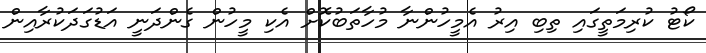
ކޯޓު ކުރިމަތީގައި ތިބި އިރު އެމީހުންނާ މުހާތަބުކޮށް އެކި މީހުން ގެންދަނީ އަޑުގަދަކުރާއިން